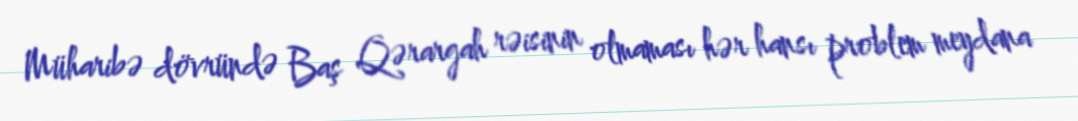
Müharibə dövründə Baş Qərargah rəisinin olmaması hər hansı problem meydana